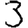
Digit: 3